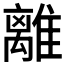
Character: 離